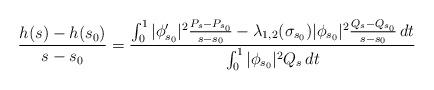
LaTeX: \begin{align*}\frac{h(s)-h(s_0)}{s-s_0} = \frac{\int_0^1 |\phi_{s_0}'|^2 \frac{P_s-P_{s_0}}{s-s_0} - \lambda_{1,2}(\sigma_{s_0}) |\phi_{s_0}|^2 \frac{Q_s-Q_{s_0}}{s-s_0} \,dt}{\int_0^1 |\phi_{s_0}|^2 Q_s \,dt} \end{align*}